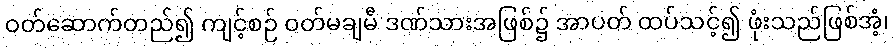
ဝတ်ဆောက်တည်၍ ကျင့်စဉ် ဝတ်မချမီ ဒဏ်သားအဖြစ်၌ အာပတ် ထပ်သင့်၍ ဖုံးသည်ဖြစ်အံ့၊